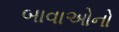
બાવાઓનો